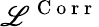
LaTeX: \mathscr{L}^{\mathrm{{~C~o~r~r~}}}